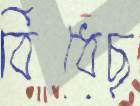
বিঁধেছ